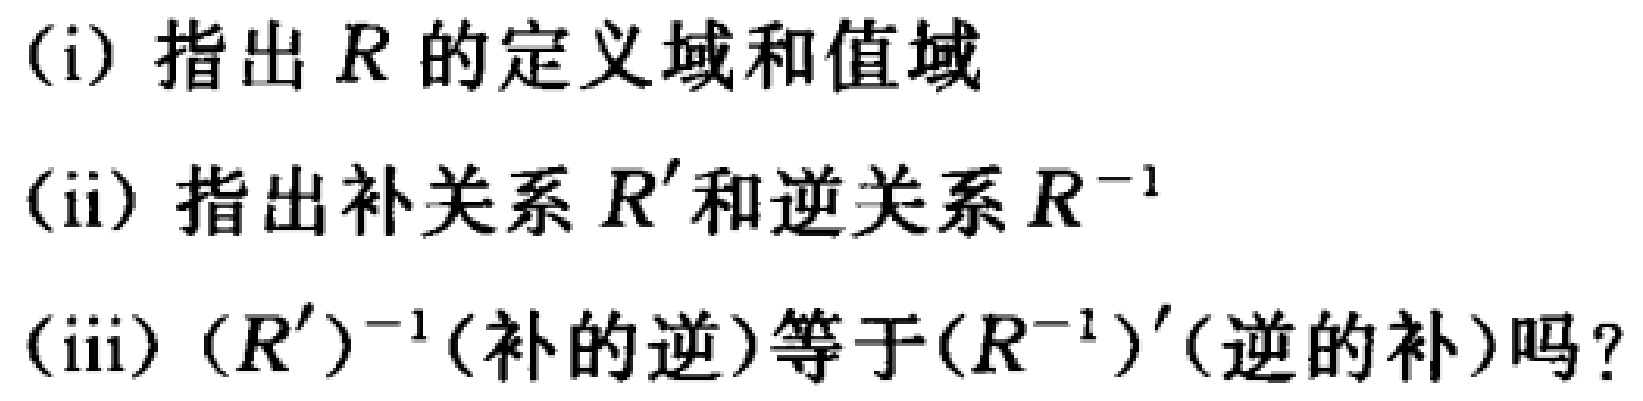
(i) 指出 \(R\) 的定义域和值域

(ii) 指出补关系 \(R'\) 和逆关系 \(R^{-1}\)

(iii) \((R')^{-1}\) (补的逆) 等于 \((R^{-1})'\) (逆的补) 吗？